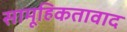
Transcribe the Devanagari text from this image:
सामूहिकतावाद